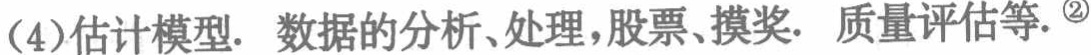
(4)估计模型. 数据的分析、处理，股票、摸奖. 质量评估等.${}^{\textcircled{2}}$